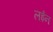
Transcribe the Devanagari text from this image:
लईन